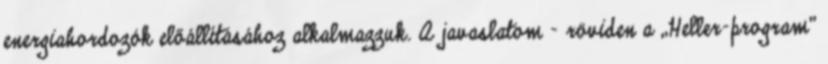
energiahordozók előállításához alkalmazzuk. A javaslatom – röviden a „Heller-program”